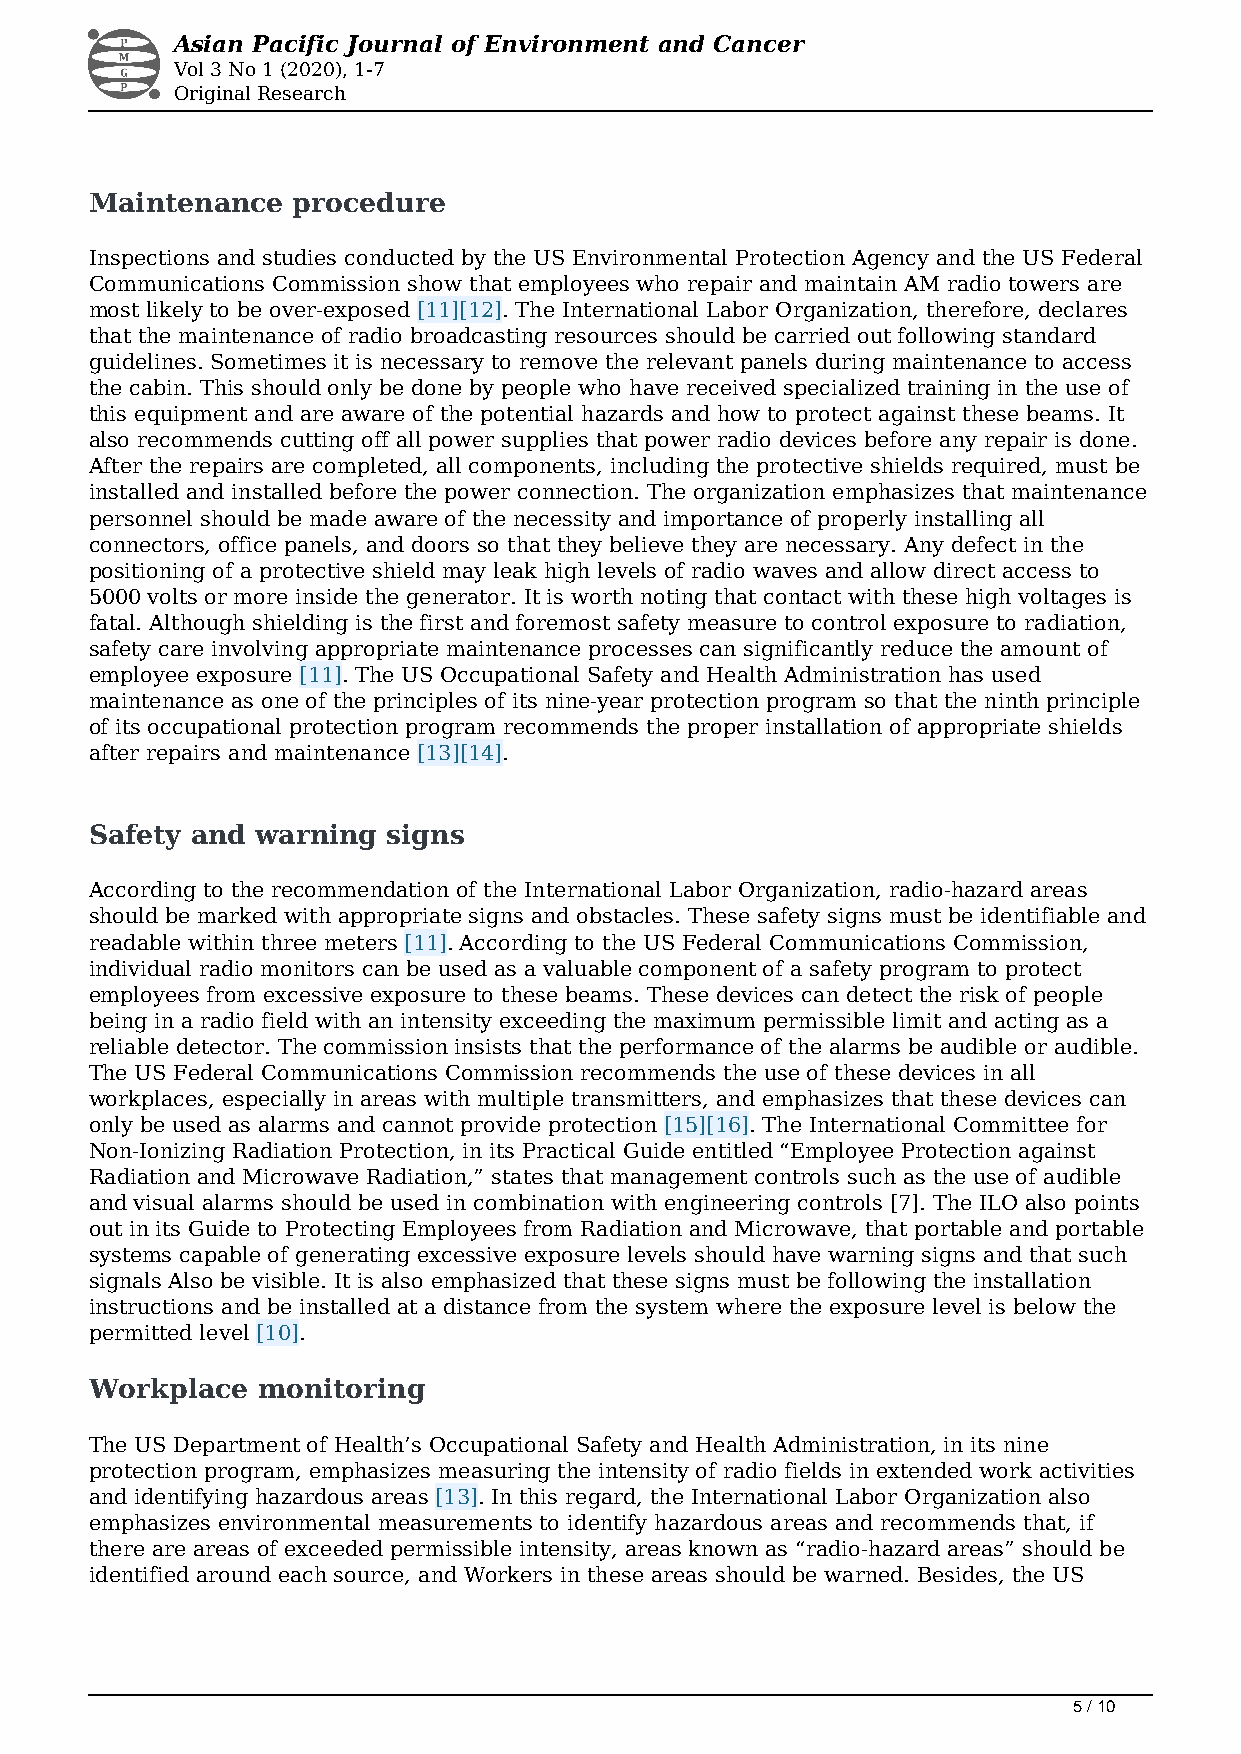
Asian Pacific Journal of Environment and Cancer
 Vol 3 No 1 (2020), 1-7
 Original Research
 Maintenance  procedure
 Inspections and studies conducted by the US Environmental Protection Agency and the US Federal
 Communications Commission show that employees who repair and maintain AM radio towers are
 most likely to be over-exposed [11][12]. The International Labor Organization, therefore, declares
 that the maintenance of radio broadcasting resources should be carried out following standard
 guidelines. Sometimes it is necessary to remove the relevant panels during maintenance to access
 the cabin. This should only be done by people who have received specialized training in the use of
 this equipment and are aware of the potential hazards and how to protect against these beams. It
 also recommends cutting off all power supplies that power radio devices before any repair is done.
 After the repairs are completed, all components, including the protective shields required, must be
 installed and installed before the power connection. The organization emphasizes that maintenance
 personnel should be made aware of the necessity and importance of properly installing all
 connectors, office panels, and doors so that they believe they are necessary. Any defect in the
 positioning of a protective shield may leak high levels of radio waves and allow direct access to
 5000 volts or more inside the generator. It is worth noting that contact with these high voltages is
 fatal. Although shielding is the first and foremost safety measure to control exposure to radiation,
 safety care involving appropriate maintenance processes can significantly reduce the amount of
 employee exposure [11]. The US Occupational Safety and Health Administration has used
 maintenance as one of the principles of its nine-year protection program so that the ninth principle
 of its occupational protection program recommends the proper installation of appropriate shields
 after repairs and maintenance [13][14].
 Safety and warning  signs
 According to the recommendation of the International Labor Organization, radio-hazard areas
 should be marked with appropriate signs and obstacles. These safety signs must be identifiable and
 readable within three meters [11]. According to the US Federal Communications Commission,
 individual radio monitors can be used as a valuable component of a safety program to protect
 employees from excessive exposure to these beams. These devices can detect the risk of people
 being in a radio field with an intensity exceeding the maximum permissible limit and acting as a
 reliable detector. The commission insists that the performance of the alarms be audible or audible.
 The US Federal Communications Commission recommends the use of these devices in all
 workplaces, especially in areas with multiple transmitters, and emphasizes that these devices can
 only be used as alarms and cannot provide protection [15][16]. The International Committee for
 Non-Ionizing Radiation Protection, in its Practical Guide entitled “Employee Protection against
 Radiation and Microwave Radiation,” states that management controls such as the use of audible
 and visual alarms should be used in combination with engineering controls [7]. The ILO also points
 out in its Guide to Protecting Employees from Radiation and Microwave, that portable and portable
 systems capable of generating excessive exposure levels should have warning signs and that such
 signals Also be visible. It is also emphasized that these signs must be following the installation
 instructions and be installed at a distance from the system where the exposure level is below the
 permitted level [10].
 Workplace  monitoring
 The US Department of Health’s Occupational Safety and Health Administration, in its nine
 protection program, emphasizes measuring the intensity of radio fields in extended work activities
 and identifying hazardous areas [13]. In this regard, the International Labor Organization also
 emphasizes environmental measurements to identify hazardous areas and recommends that, if
 there are areas of exceeded permissible intensity, areas known as “radio-hazard areas” should be
 identified around each source, and Workers in these areas should be warned. Besides, the US
 5 / 10